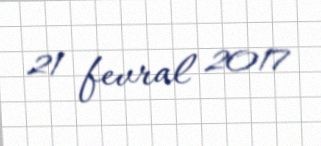
21 fevral 2017